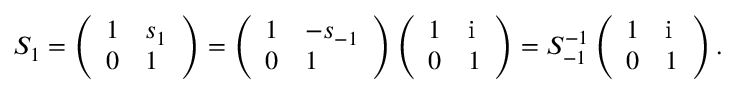
S _ { 1 } = \left( \begin{array} { l l } { 1 } & { s _ { 1 } } \\ { 0 } & { 1 } \end{array} \right) = \left( \begin{array} { l l } { 1 } & { - s _ { - 1 } } \\ { 0 } & { 1 } \end{array} \right) \left( \begin{array} { l l } { 1 } & { \mathrm { i } } \\ { 0 } & { 1 } \end{array} \right) = S _ { - 1 } ^ { - 1 } \left( \begin{array} { l l } { 1 } & { \mathrm { i } } \\ { 0 } & { 1 } \end{array} \right) .